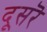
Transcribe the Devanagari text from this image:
दूसरॆ